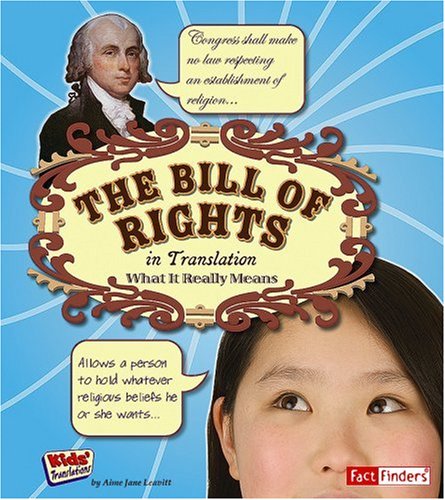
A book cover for The Bill of Rights in Translation: What It Really Means (Kids' Translations); Amie Jane Leavitt; Children's Books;